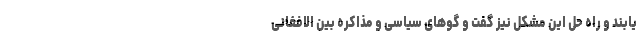
یابند و راه حل این مشکل نیز گفت و گوهای سیاسی و مذاکره بین الافغانی